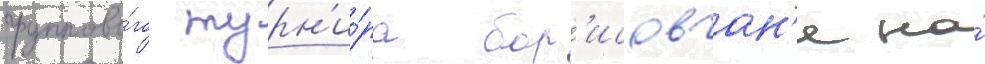
группово́го турн'и́ра бор'исовчан'е на́